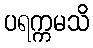
ပရက္ကမသိ